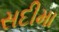
સદીમા